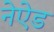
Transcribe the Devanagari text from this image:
नेऐड